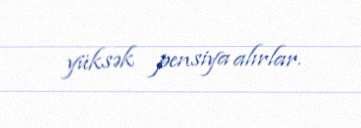
yüksək pensiya alırlar.